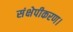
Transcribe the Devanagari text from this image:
संक्षेपीकरण।